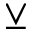
\veebar